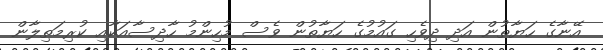
އޭނާގެ ހަޔާތުން އަދި ދިވެހި ގައުމުގެ ހަޔާތުން ވެސް މުހިންމު ހާދިސާއަކާއި ކުރިމަތިލާން